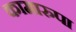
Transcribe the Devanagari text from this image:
कामारुपा